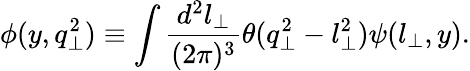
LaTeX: \phi(y,q_{\perp}^{2})\equiv\int{\frac{d^{2}l_{\perp}}{(2\pi)^{3}}}\theta(q_{\perp}^{2}-l_{\perp}^{2})\psi(l_{\perp},y).